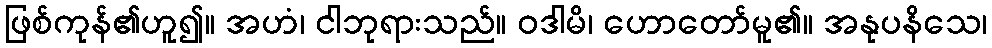
ဖြစ်ကုန်၏ဟူ၍။ အဟံ၊ ငါဘုရားသည်။ ဝဒါမိ၊ ဟောတော်မူ၏။ အနုပနိသေ၊